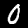
Label: 0